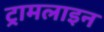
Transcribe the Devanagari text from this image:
ट्रामलाइन